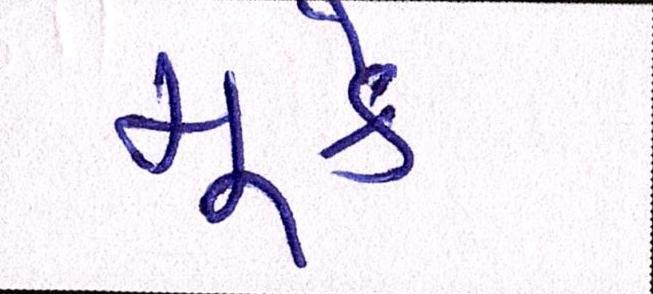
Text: મૂકે